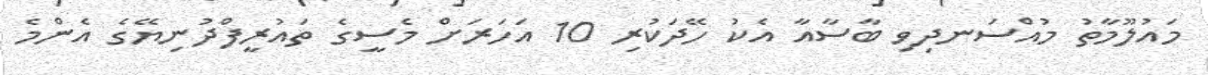
މައުލޫމާތު މުއްސަނދިވި ބާސާއާ އެކު ހޭދަކުރި 10 އަހަރަށް މެސީގެ ތައުރީފްދުނިޔޭގެ އެންމެ